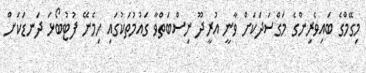
މިގޭމްގެ ބައިވެރިންގެ މަގްސަދަކަށް ވާނީ އުރީދޫ ނިސްބަތްވާ ގައުމުތަކުގައި ހިމެނޭ ފުޓުބޯޅަ ދަނޑަކަށް